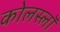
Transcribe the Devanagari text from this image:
कोलस्लॉ